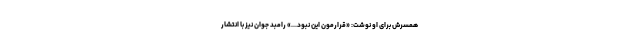
همسرش برای او نوشت: «قرارمون این نبود...» رامبد جوان نیز با انتشار